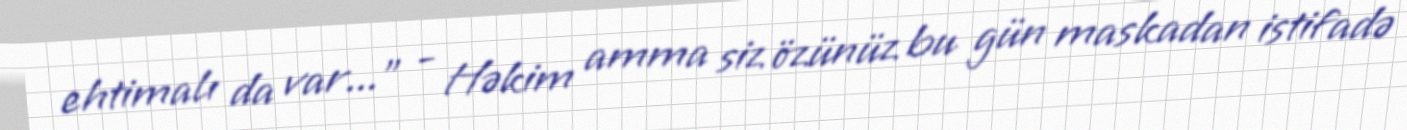
ehtimalı da var...” - Həkim amma siz özünüz bu gün maskadan istifadə